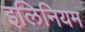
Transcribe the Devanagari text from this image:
इलिनियम